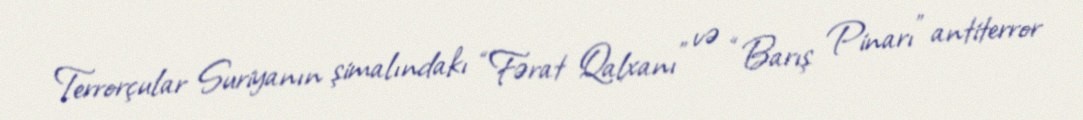
Terrorçular Suriyanın şimalındakı “Fərat Qalxanı” və “Barış Pinarı” antiterror